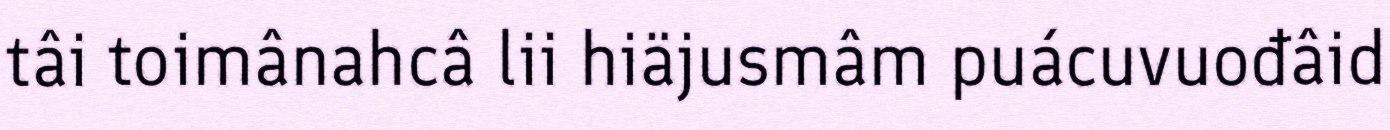
tâi toimânahcâ lii hiäjusmâm puácuvuođâid